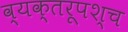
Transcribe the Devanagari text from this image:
व्यक्तरूपश्च